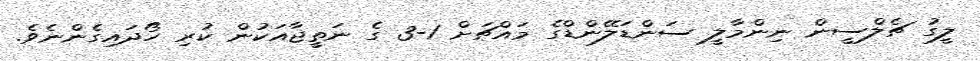
ލީގު ޗެލްސީން ނިންމާލީ ސަންޑަލޭންޑްގެ މައްޗަށް 1-3 ގެ ނަތީޖާއަކުން ކުރި ހޯދައިގެންނެވެ.